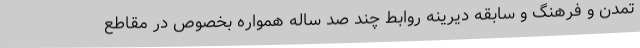
تمدن و فرهنگ و سابقه دیرینه روابط چند صد ساله همواره بخصوص در مقاطع